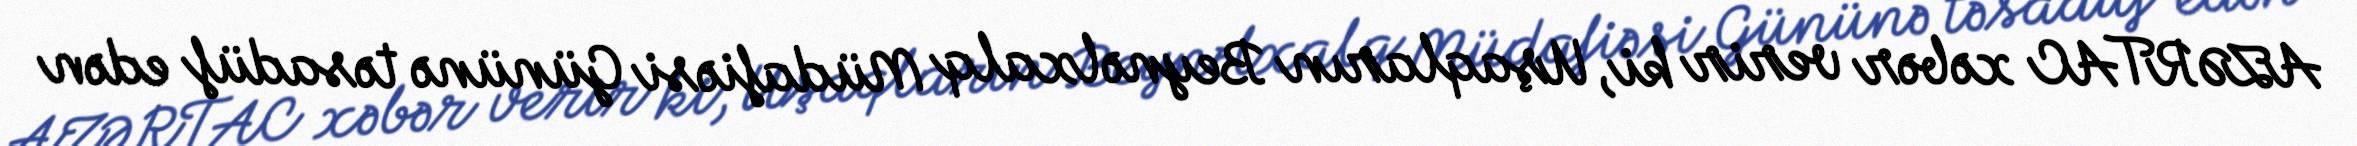
AZƏRTAC xəbər verir ki, Uşaqların Beynəlxalq Müdafiəsi Gününə təsadüf edən